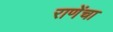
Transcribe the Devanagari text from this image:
राणेंचा